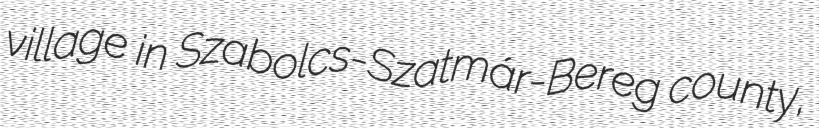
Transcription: village in Szabolcs-Szatmár-Bereg county,